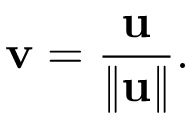
\mathbf { v } = { \frac { \mathbf { u } } { \| \mathbf { u } \| } } .